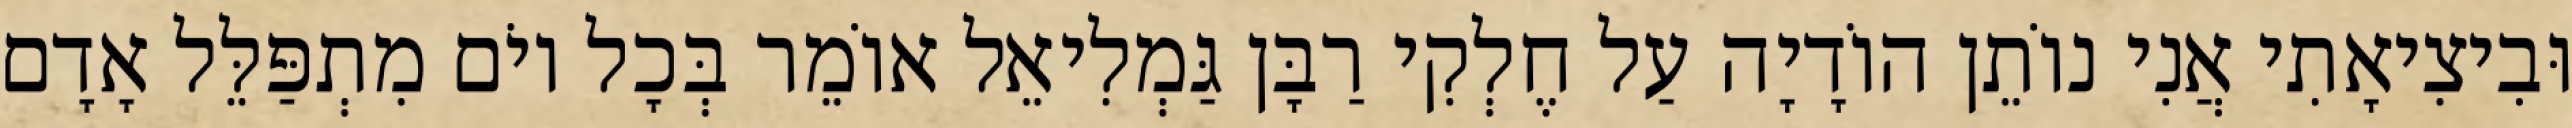
וּבִיצִיאָתִי אֲנִי נוֹתֵן הוֹדָיָה עַל חֶלְקִי רַבָּן גַּמְלִיאֵל אוֹמֵר בְּכָל יוֹם מִתְפַּלֵּל אָדָם